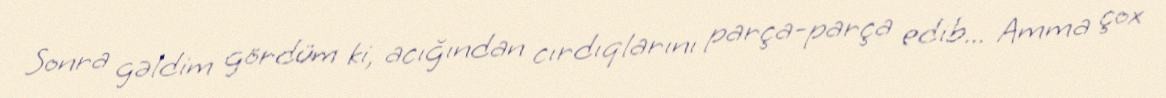
Sonra gəldim gördüm ki, acığından cırdıqlarını parça-parça edib... Amma çox